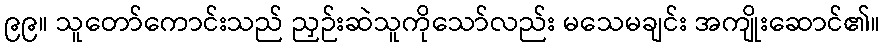
၉၉။ သူတော်ကောင်းသည် ညှဉ်းဆဲသူကိုသော်လည်း မသေမချင်း အကျိုးဆောင်၏။